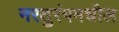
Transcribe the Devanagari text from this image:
नरतुरंगमधील